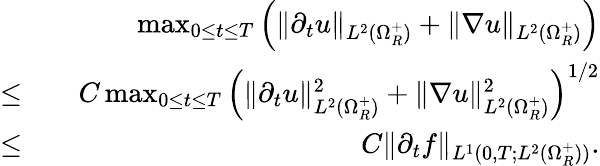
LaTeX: \begin{array}{rlr}&{}&{\operatorname*{max}_{0\leq t\leq T}\Big(\| \partial_{t}u\| _{L^{2}(\Omega_{R}^{+})}+\| \nabla u\| _{L^{2}(\Omega_{R}^{+})}\Big)}\\ {\leq}&{}&{C\operatorname*{max}_{0\leq t\leq T}\Big(\| \partial_{t}u\| _{L^{2}(\Omega_{R}^{+})}^{2}+\| \nabla u\| _{L^{2}(\Omega_{R}^{+})}^{2}\Big)^{1/2}}\\ {\leq}&{}&{C\| \partial_{t}f\| _{L^{1}(0,T;L^{2}(\Omega_{R}^{+}))}.}\end{array}